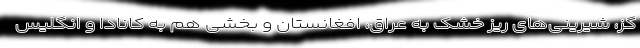
گز، شیرینی‌های ریز خشک به عراق، افغانستان و بخشی هم به کانادا و انگلیس